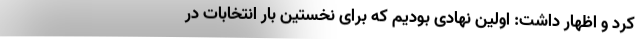
کرد و اظهار داشت: اولین نهادی بودیم که برای نخستین بار انتخابات در